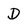
Character: D